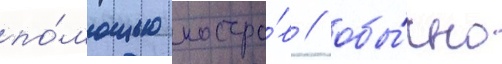
по́мощью костро́в / обы́чно